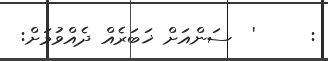
:     '  ސަންއަށް ޚަބަރެއް ދެއްވުމަށް: